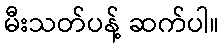
မီးသတ်ပန့် ဆက်ပါ။